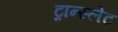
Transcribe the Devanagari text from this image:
ट्रान्स्लेट